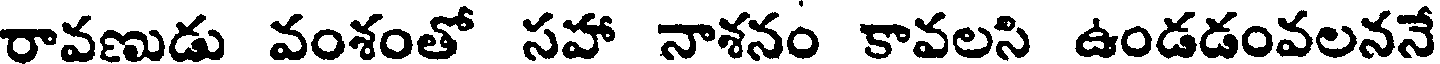
రావణుడు వంశంతో సహా నాశనం కావలసి ఉండడంవలననే